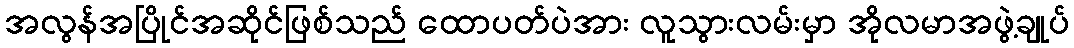
အလွန်အပြိုင်အဆိုင်ဖြစ်သည် ထောပတ်ပဲအား လူသွားလမ်းမှာ အိုလမာအဖွဲ့ချုပ်